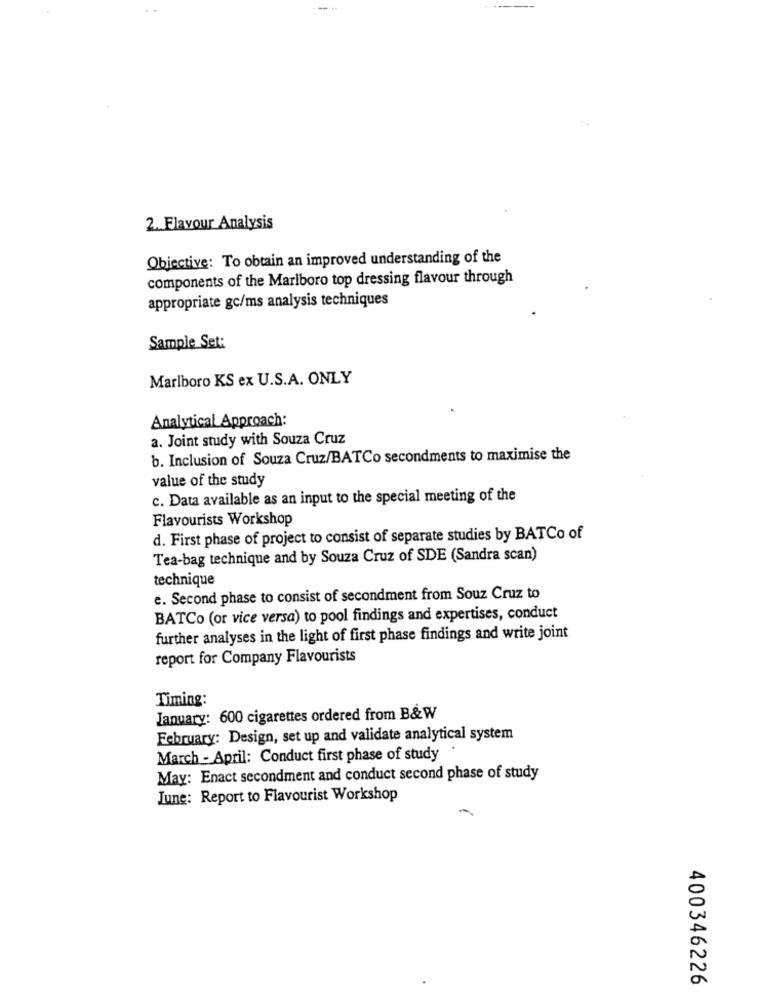
2. Flavour Analysis
Objective: To obtain an improved understanding of the
components of the Marlboro top dressing flavour through
appropriate gc/ms analysis techniques
Sample Set:
Marlboro KS ex U.S.A. ONLY
Analytical Approach:
a. Joint study with Souza Cruz
b. Inclusion of Souza Cruz/BATCo secondments to maximise the
value of the study
c. Data available as an input to the special meeting of the
Flavourists Workshop
d. First phase of project to consist of separate studies by BATCo of
Tea-bag technique and by Souza Cruz of SDE (Sandra scan)
technique
e. Second phase to consist of secondment from Souz Cruz to
BATCo (or vice versa) to pool findings and expertises, conduct
further analyses in the light of first phase findings and write joint
report for Company Flavourists
Timing:
January: 600 cigarettes ordered from B&W
February: Design, set up and validate analytical system
March - April: Conduct first phase of study
May: Enact secondment and conduct second phase of study
June: Report to Flavourist Workshop
400346226